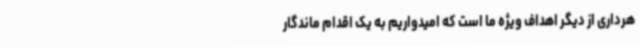
هرداری از دیگر اهداف ویژه ما است که امیدواریم به یک اقدام ماندگار